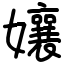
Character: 孃